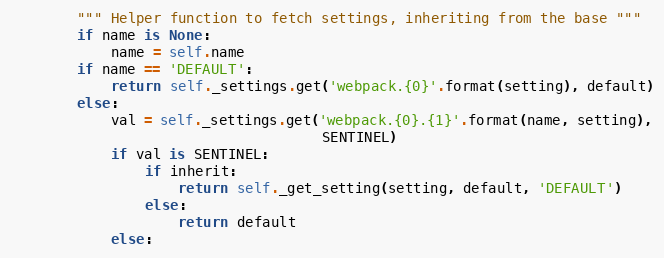
Language: Python
        """ Helper function to fetch settings, inheriting from the base """
        if name is None:
            name = self.name
        if name == 'DEFAULT':
            return self._settings.get('webpack.{0}'.format(setting), default)
        else:
            val = self._settings.get('webpack.{0}.{1}'.format(name, setting),
                                     SENTINEL)
            if val is SENTINEL:
                if inherit:
                    return self._get_setting(setting, default, 'DEFAULT')
                else:
                    return default
            else: